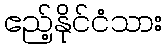
ဧည့်နိုင်ငံသား